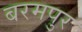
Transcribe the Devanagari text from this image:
बरमपुर